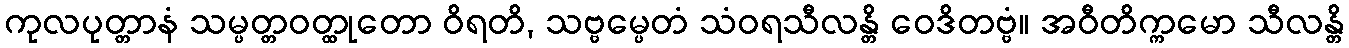
ကုလပုတ္တာနံ သမ္ပတ္တဝတ္ထုတော ဝိရတိ, သဗ္ဗမ္ပေတံ သံဝရသီလန္တိ ဝေဒိတဗ္ဗံ။ အဝီတိက္ကမော သီလန္တိ